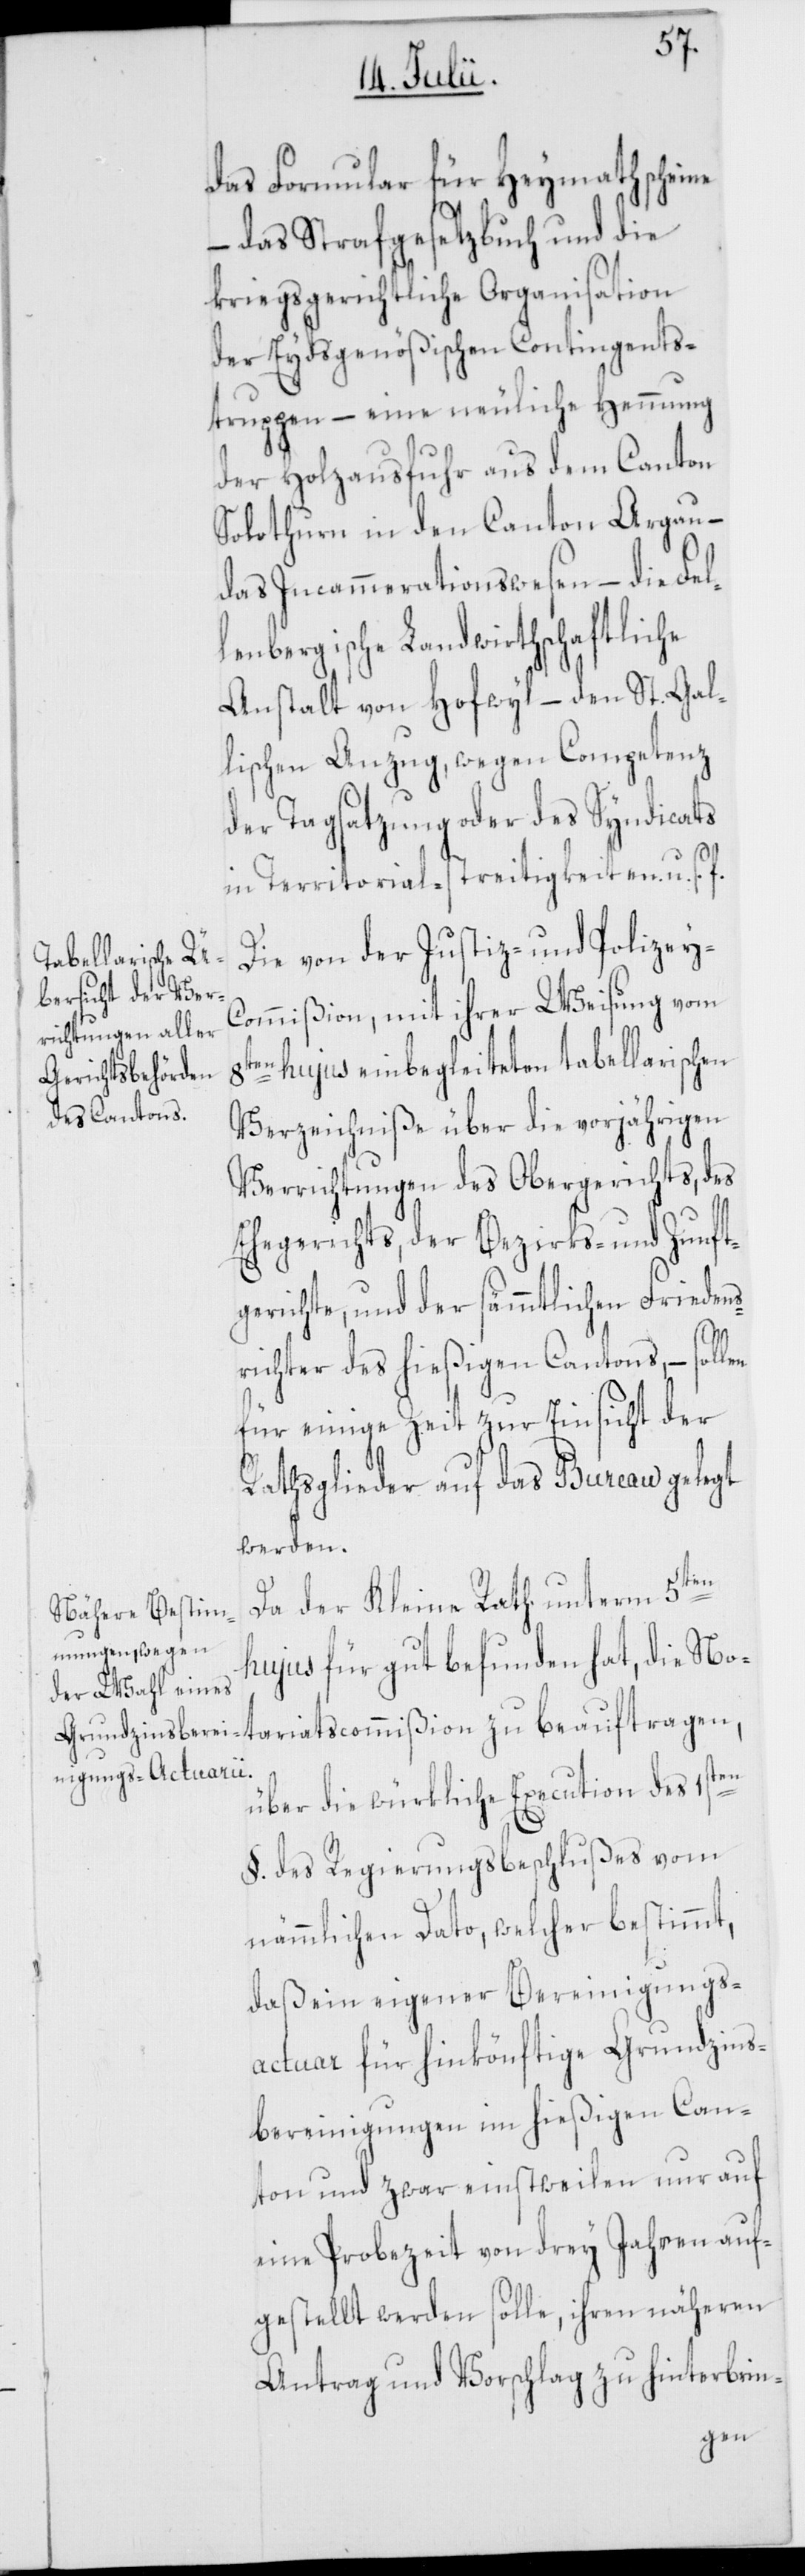
das Formular für Heymathscheine
– das Strafgesetzbuch und die
kriegsgerichtliche Organisation
der Eydsgenößischen Contingents¬
truppen – eine neuliche Hemmung
der Holzausfuhr aus dem Canton
Solothurn in den Canton Argau –
das Incammerationswesen – die Fel¬
lenbergische Landwirthschaftliche
Anstalt von Hofwyl – den St. Gal¬
lischen Anzug, wegen Competenz
der Tagsatzung oder des Syndicats
in Territorial-streitigkeiten. u. s. f.
Die von der Justiz- und Polizey-C¬
ommißion, mit ihrer Weisung vom
8ten hujus einbegleiteten tabellarischen
Verzeichniße über die vorjährigen
Verrichtungen des Obergerichts, des
Ehegerichts, der Bezirks- und Zunft¬
gerichte, und der sämmtlichen Friedens¬
richter des hießigen Cantons – sollen
für einige Zeit zur Einsicht der
Rathsglieder auf das Bureau gelegt
werden.
Da der Kleine Rath unterm 5ten
hujus für gut befunden hat, die
über die würkliche Execution des 1sten
§. des Regierungsbeschlußes vom
nämmlichen Dato, welcher bestimmt,
daß ein eigener Bereinigungs¬
actuar für hinkönftige Grundzins¬
bereinigungen im hießigen Can¬
ton und zwar einstweilen nur auf
eine Probezeit von drey Jahren auf¬
gestellt werden solle, ihren näheren
Antrag und Vorschlag zu hinterbrin-